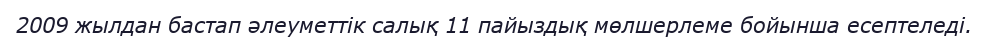
2009 жылдан бастап әлеуметтік салық 11 пайыздық мөлшерлеме бойынша есептеледі.